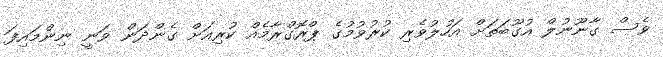
ވެސް ގާނޫނުލް އުގޫބަތަށް އަހުލުވެރި ކުރުވުމުގެ ޕްރޮގްރާމެއް ކުރިއަށް ގެންދަން ވަނީ ނިންމައިފަ